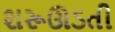
શરૂઊડતી